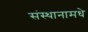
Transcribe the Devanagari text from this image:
संस्थानामधे